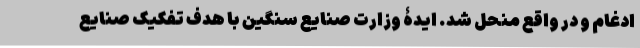
ادغام و در واقع منحل شد. ایدۀ وزارت صنایع سنگین با هدف تفکیک صنایع